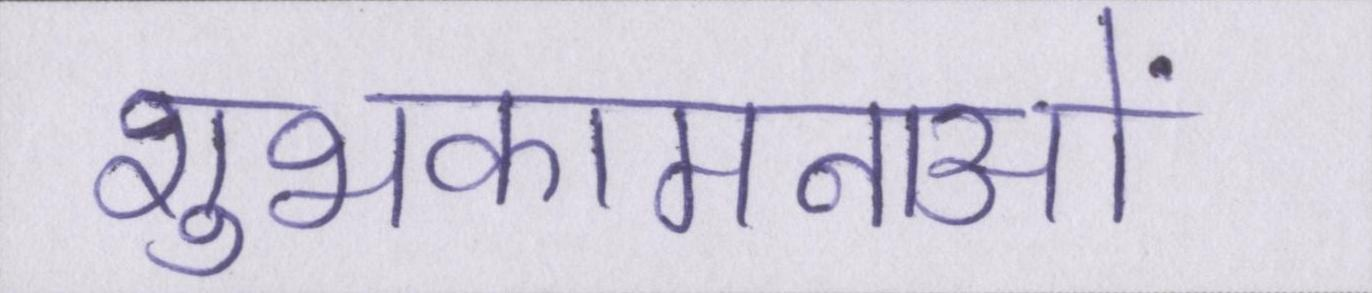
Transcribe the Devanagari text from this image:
शुभकामनाओं